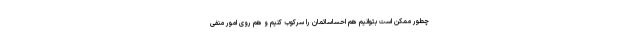
چطور ممکن است بتوانیم هم احساساتمان را سرکوب کنیم و هم روی امور منفی